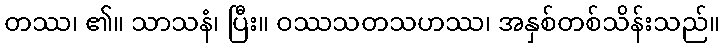
တဿ၊ ၏။ သာသနံ၊ ပြီး။ ဝဿသတသဟဿ၊ အနှစ်တစ်သိန်းသည်။